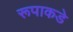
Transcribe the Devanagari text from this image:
रूपाकडे